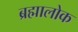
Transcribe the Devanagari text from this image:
ब्रह्मालोक